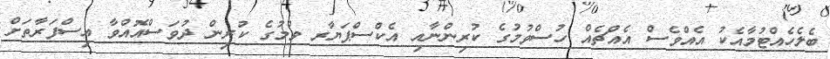
ބެލެހެއްޓުމާއެކު އެއްވެސް އެއްޗެއް ހުސްވުމުގެ ކުރިންނާއި އެކްސްޕަޔާރ ވުމުގެ ކުރިން ދުވަސްއޮއްވާ އިސްފަރާތަށް